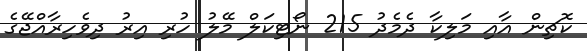
ކޮޗިން އާއި މަލިކާ ދެމެދު 215 ނޯޓިކަލް މޭލު ހުރި އިރު ދިވެހިރާއްޖޭގެ